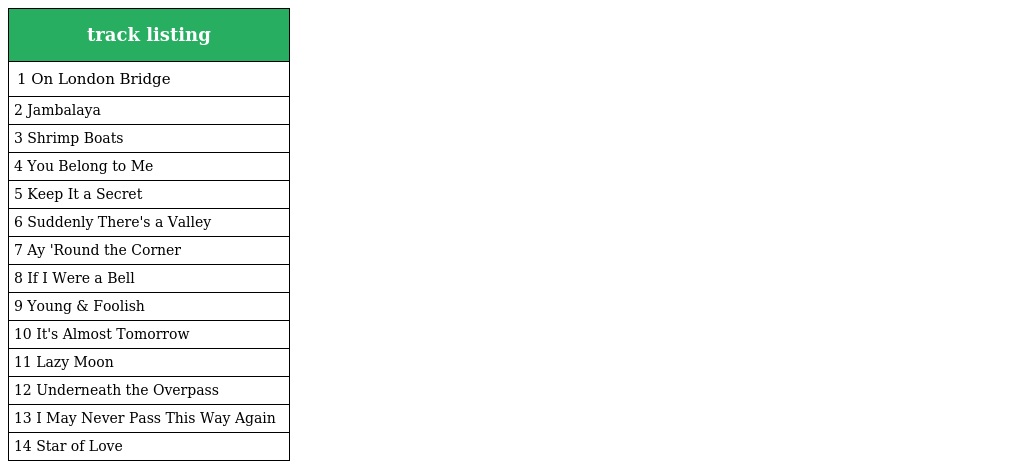
| track listing |
 | --- |
 | 1 On London Bridge |
 | 2 Jambalaya |
 | 3 Shrimp Boats |
 | 4 You Belong to Me |
 | 5 Keep It a Secret |
 | 6 Suddenly There's a Valley |
 | 7 Ay 'Round the Corner |
 | 8 If I Were a Bell |
 | 9 Young & Foolish |
 | 10 It's Almost Tomorrow |
 | 11 Lazy Moon |
 | 12 Underneath the Overpass |
 | 13 I May Never Pass This Way Again |
 | 14 Star of Love |